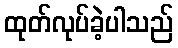
ထုတ်လုပ်ခဲ့ပါသည်